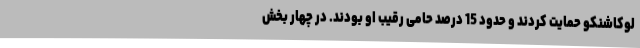
لوکاشنکو حمایت کردند و حدود 15 درصد حامی رقیب او بودند. در چهار بخش